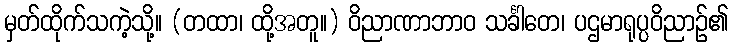
မှတ်ထိုက်သကဲ့သို့။ (တထာ၊ ထို့အတူ။) ဝိညာဏာဘာဝ သင်္ခါတေ၊ ပဌမာရုပ္ပဝိညာဉ်၏